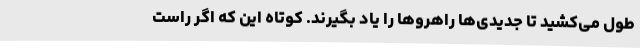
طول می‌کشید تا جدیدی‌ها راهروها را یاد بگیرند. کوتاه این که اگر راست